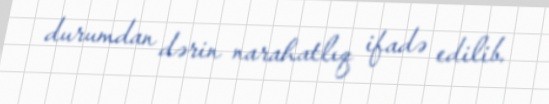
durumdan dərin narahatlıq ifadə edilib.